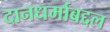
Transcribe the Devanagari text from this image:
दानधर्माबद्दल